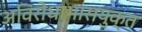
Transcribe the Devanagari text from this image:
अविरोधाभासयुक्त